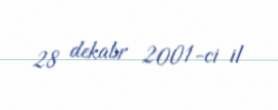
28 dekabr 2001-ci il